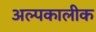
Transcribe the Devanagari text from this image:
अल्पकालीक